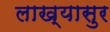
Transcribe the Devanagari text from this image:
लाख्यासुर